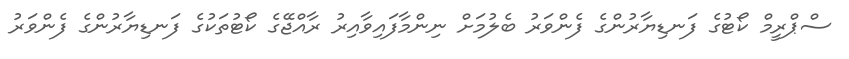
ސްޕްރީމް ކޯޓުގެ ފަނޑިޔާރުންގެ ފެންވަރު ބެލުމަށް ނިންމާފައިވާއިރު ރާއްޖޭގެ ކޯޓުތަކުގެ ފަނޑިޔާރުންގެ ފެންވަރު